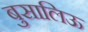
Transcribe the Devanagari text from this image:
बुसालिऊ